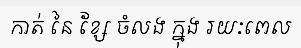
កាត់ នៃ ខ្សែ ចំលង ក្នុង រយៈពេល